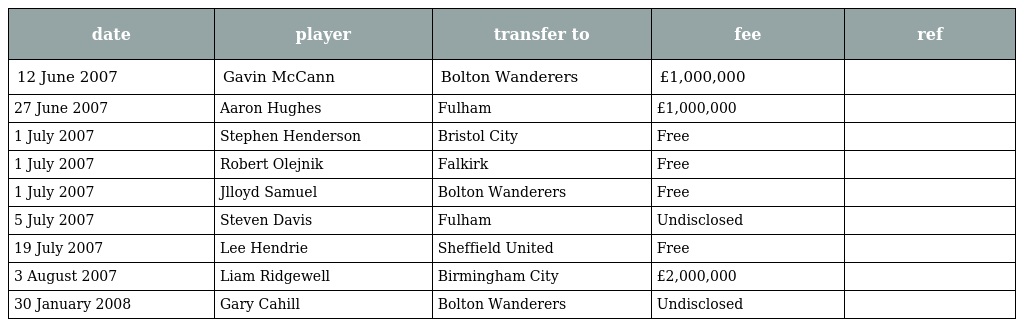
| date | player | transfer to | fee | ref |
 | --- | --- | --- | --- | --- |
 | 12 June 2007 | Gavin McCann | Bolton Wanderers | £1,000,000 |  |
 | 27 June 2007 | Aaron Hughes | Fulham | £1,000,000 |  |
 | 1 July 2007 | Stephen Henderson | Bristol City | Free |  |
 | 1 July 2007 | Robert Olejnik | Falkirk | Free |  |
 | 1 July 2007 | Jlloyd Samuel | Bolton Wanderers | Free |  |
 | 5 July 2007 | Steven Davis | Fulham | Undisclosed |  |
 | 19 July 2007 | Lee Hendrie | Sheffield United | Free |  |
 | 3 August 2007 | Liam Ridgewell | Birmingham City | £2,000,000 |  |
 | 30 January 2008 | Gary Cahill | Bolton Wanderers | Undisclosed |  |